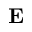
\mathbf { E }